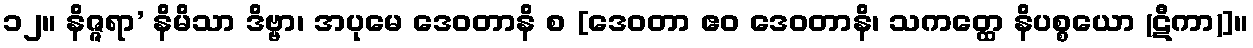
၁၂။ နိဇ္ဇရာ’ နိမိသာ ဒိဗ္ဗာ၊ အပုမေ ဒေဝတာနိ စ [ဒေဝတာ ဧဝ ဒေဝတာနိ၊ သကတ္ထေ နိပစ္စယော (ဋီကာ)]။